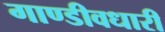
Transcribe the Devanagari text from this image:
गाण्डीवधारी